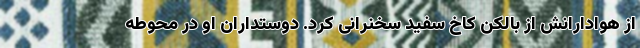
از هوادارانش از بالکن کاخ سفید سخنرانی کرد. دوستداران او در محوطه